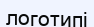
логотипі